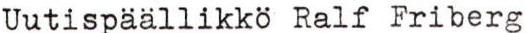
Uutispäällikkö Ralf Friberg